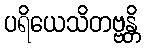
ပရိယေသိတဗ္ဗန္တိ